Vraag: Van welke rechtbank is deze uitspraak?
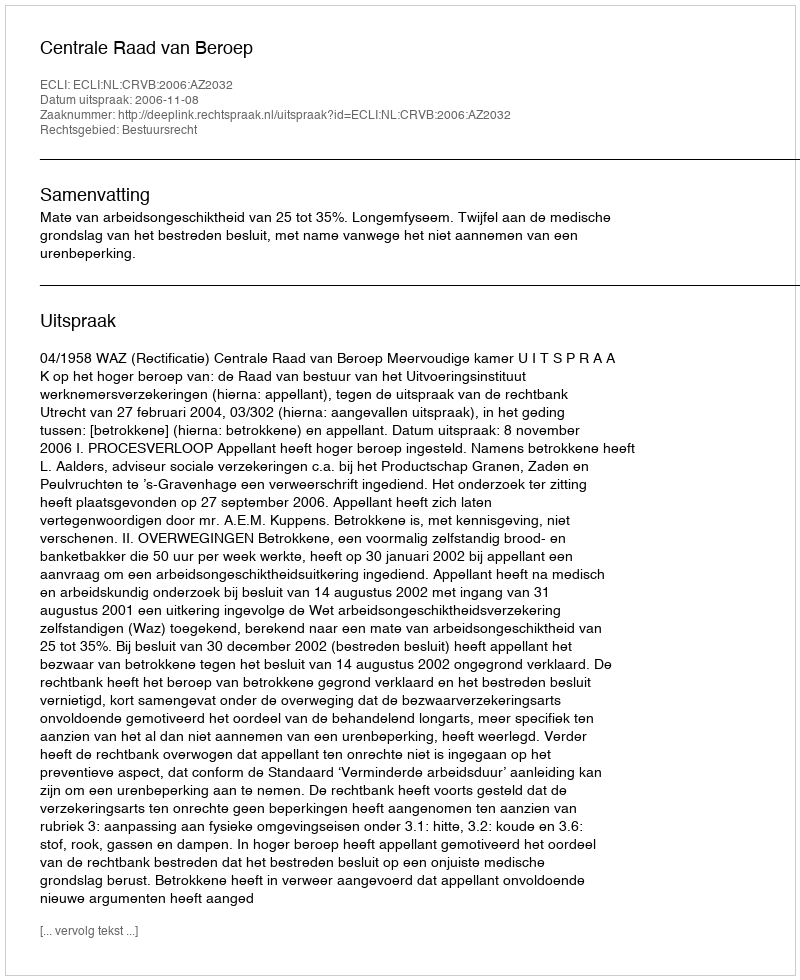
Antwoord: Centrale Raad van Beroep